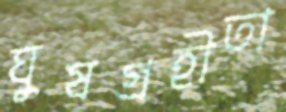
ঘুষগ্রহীতা